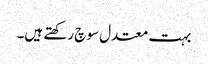
بہت معتدل سوچ رکھتے ہیں۔